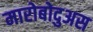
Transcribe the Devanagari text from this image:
मारोबोदुअस